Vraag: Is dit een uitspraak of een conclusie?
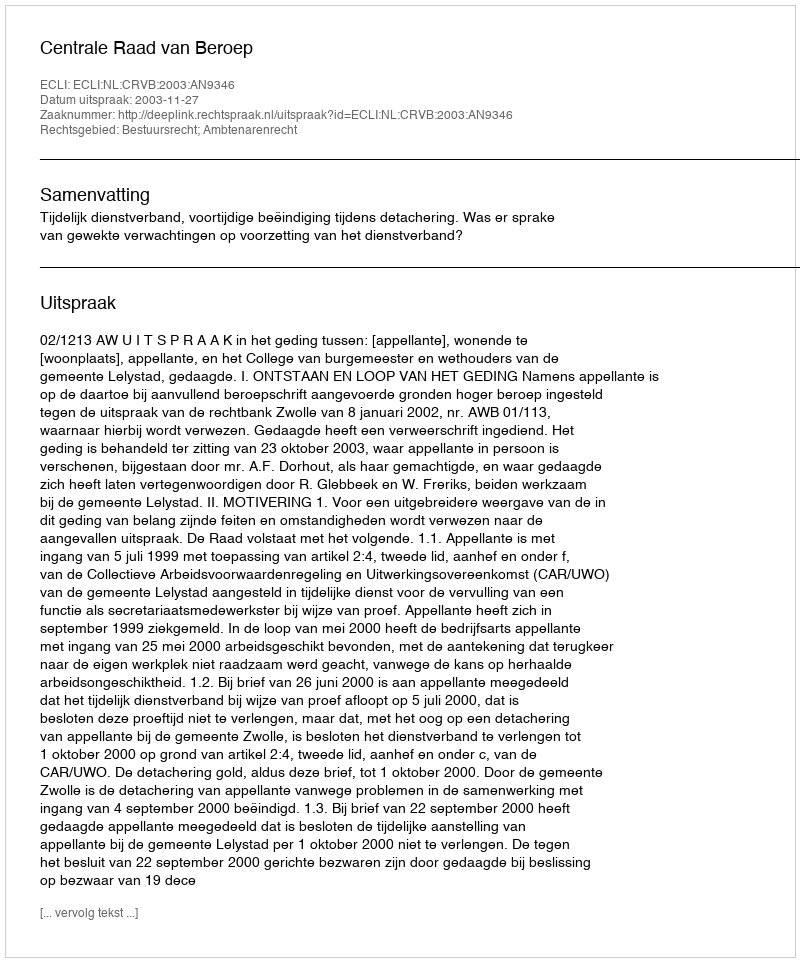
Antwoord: Uitspraak